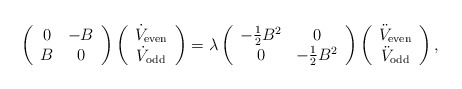
\begin{align*}\left(\begin{array}{cc}0 & - B \\ B & 0 \\\end{array}\right)\left(\begin{array}{c}\dot V_{{\rm even}} \\\dot V_{{\rm odd}} \\\end{array}\right)=\lambda\left(\begin{array}{cc}-{1 \over 2}B^2 & 0 \\ 0 & -{1 \over 2}B^2 \\\end{array}\right)\left(\begin{array}{c}\ddot V_{{\rm even}} \\\ddot V_{{\rm odd}} \\\end{array}\right), \end{align*}